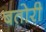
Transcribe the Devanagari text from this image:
बतोरी